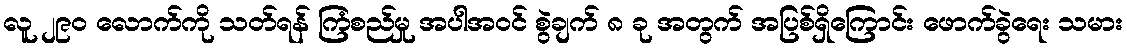
လူ ၂၉၀ လောက်ကို သတ်ရန် ကြံစည်မှု အပါအဝင် စွဲချက် ၈ ခု အတွက် အပြစ်ရှိကြောင်း ဖောက်ခွဲရေး သမား